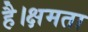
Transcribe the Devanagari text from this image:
है।क्षमता